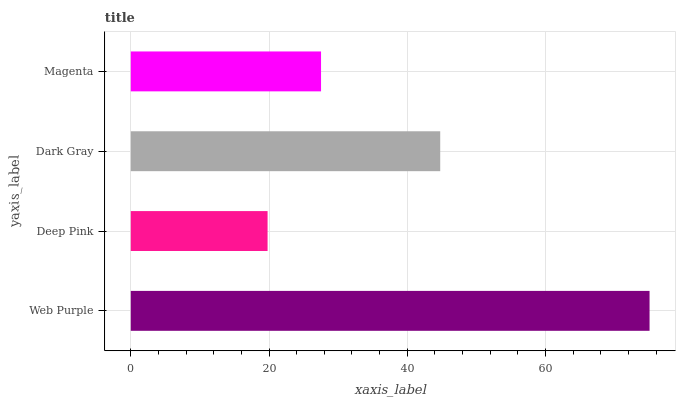
| yaxis_label | bars |
 | --- | --- |
 | Web Purple | 75.1 |
 | Deep Pink | 19.8 |
 | Dark Gray | 44.8 |
 | Magenta | 27.5 |